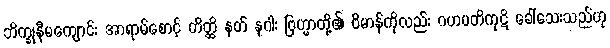
ဘိက္ခုနီမကျောင်း အာရာမ်စောင့် တိတ္ထိ နတ် နဂါး ဗြဟ္မာတို့၏ ဗိမာန်ကိုလည်း ဂဟပတိကုဋိ ခေါ်သေးသည်ဟု